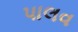
પાલવ